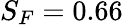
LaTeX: S_{F}=0.66